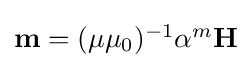
{\textstyle \mathbf {m} =(\mu \mu _{0})^{-1}\alpha ^{m}\mathbf {H} }